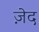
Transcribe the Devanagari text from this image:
ज़ेद